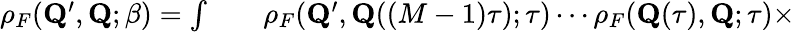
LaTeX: \begin{array}{rlr}{\rho_{F}({\mathbf{Q}^{\prime}},\mathbf{Q};\beta)=\int}&{{}}&{\rho_{F}({\mathbf{Q}^{\prime}},\mathbf{Q}((M-1)\tau);\tau)\cdots\rho_{F}(\mathbf{Q}(\tau),\mathbf{Q};\tau)\times}\end{array}